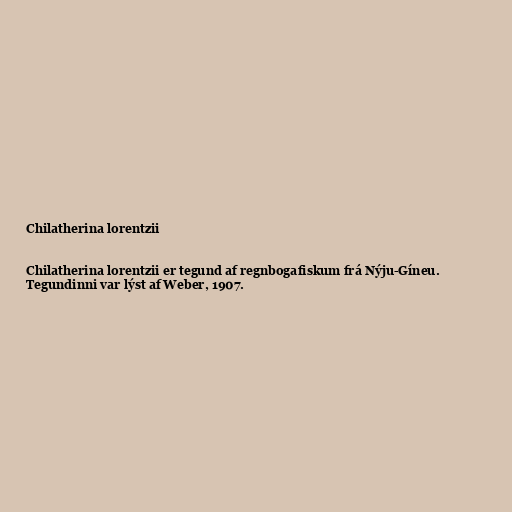
Chilatherina lorentzii

Chilatherina lorentzii er tegund af regnbogafiskum frá Nýju-Gíneu.
Tegundinni var lýst af Weber, 1907.